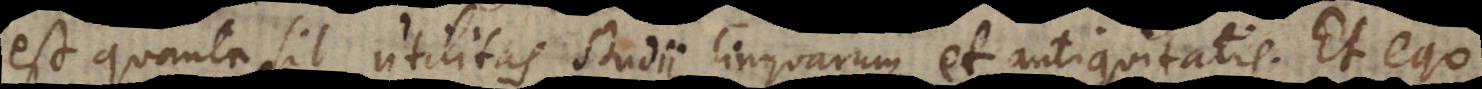
est quanta sit utilitas studii linguarum et antiquitatis. Et ego